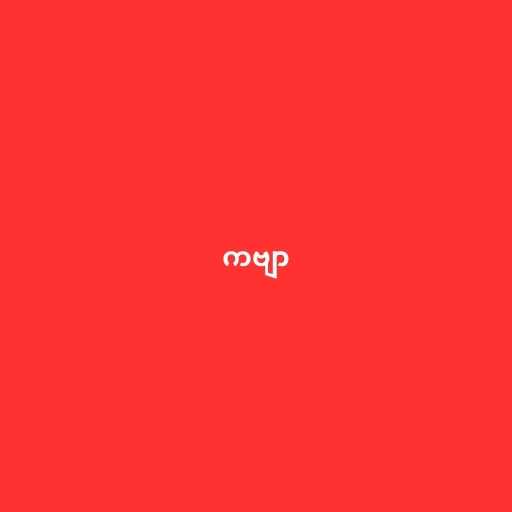
ကဗျာ